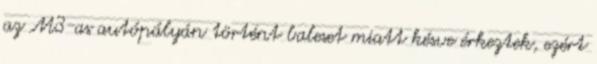
az M3-as autópályán történt baleset miatt késve érkeztek, ezért